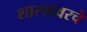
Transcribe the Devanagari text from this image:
शास्त्रावरचे